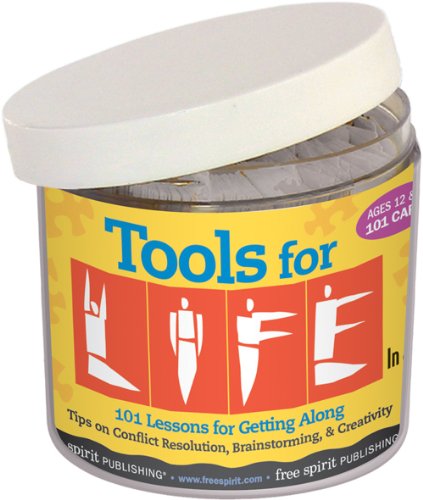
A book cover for Tools for Life In a JarÂ®; Teen & Young Adult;